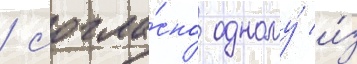
/ согла́сно одному́ и́з